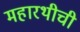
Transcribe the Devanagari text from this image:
महारथीची